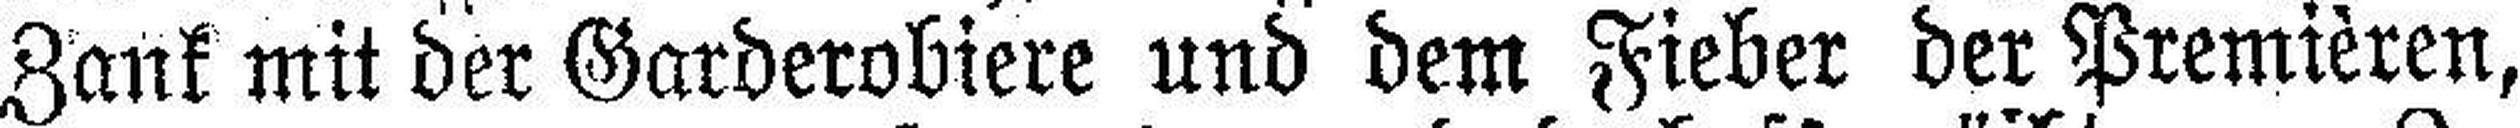
Zank mit der Garderobiere und dem Fieber der Premièren,